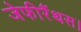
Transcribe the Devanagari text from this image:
जेफीरैंथस।